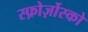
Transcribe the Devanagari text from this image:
स्फ़ोर्ज़ोस्को